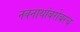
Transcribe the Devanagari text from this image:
नवनाथांबरोबरच